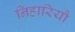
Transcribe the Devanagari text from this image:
निहारियौ